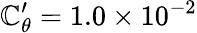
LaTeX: \mathbb{C}_{\theta}^{\prime}=1.0\times10^{-2}